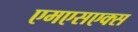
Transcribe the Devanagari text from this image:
एमएसएक्स